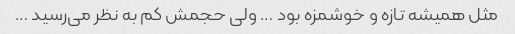
مثل همیشه تازه و خوشمزه بود … ولی حجمش کم به نظر می‌رسید …